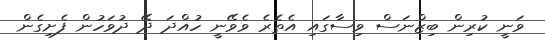
ވަނީ ކުރިން ބިޒްނަސް ވިސާގައި އެތެރެ ވެވޭނީ ހުއްދަ ދޭ ދުވަހުން ފެށިގެން